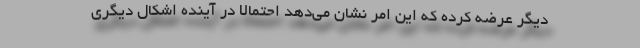
دیگر عرضه کرده که این امر نشان می‌دهد احتمالا در آینده اشکال دیگری